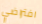
افتراضي